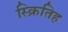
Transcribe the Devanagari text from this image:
स्क्रितिह